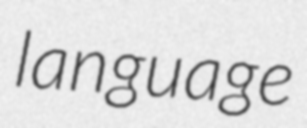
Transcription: language